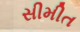
સીમીત